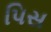
પિસ